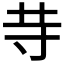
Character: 𱽍